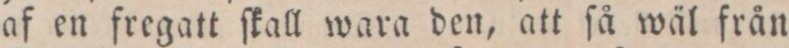
af en fregatt ſkall wara den, att ſå wäl från